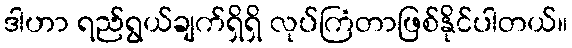
ဒါဟာ ရည်ရွယ်ချက်ရှိရှိ လုပ်ကြံတာဖြစ်နိုင်ပါတယ်။